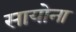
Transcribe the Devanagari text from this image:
सायोना